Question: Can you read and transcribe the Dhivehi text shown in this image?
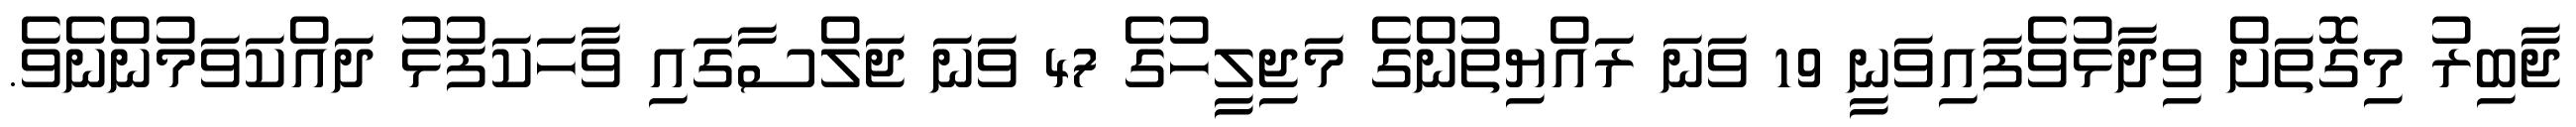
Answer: ޖާބިރު މިގޮތަށް ވިދާޅުވެފައިވަނީ 19 ވަނަ ރައްޔިތުންގެ މަޖިލީހުގެ 47 ވަނަ ޖަލްސާގައި ވާހަކަފުޅު ދައްކަވަމުންނެވެ.